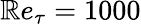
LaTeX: \mathbb{R}e_{\tau}=1000